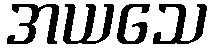
အယသေ